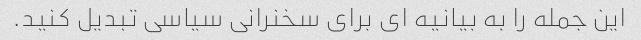
این جمله را به بیانیه ای برای سخنرانی سیاسی تبدیل کنید.